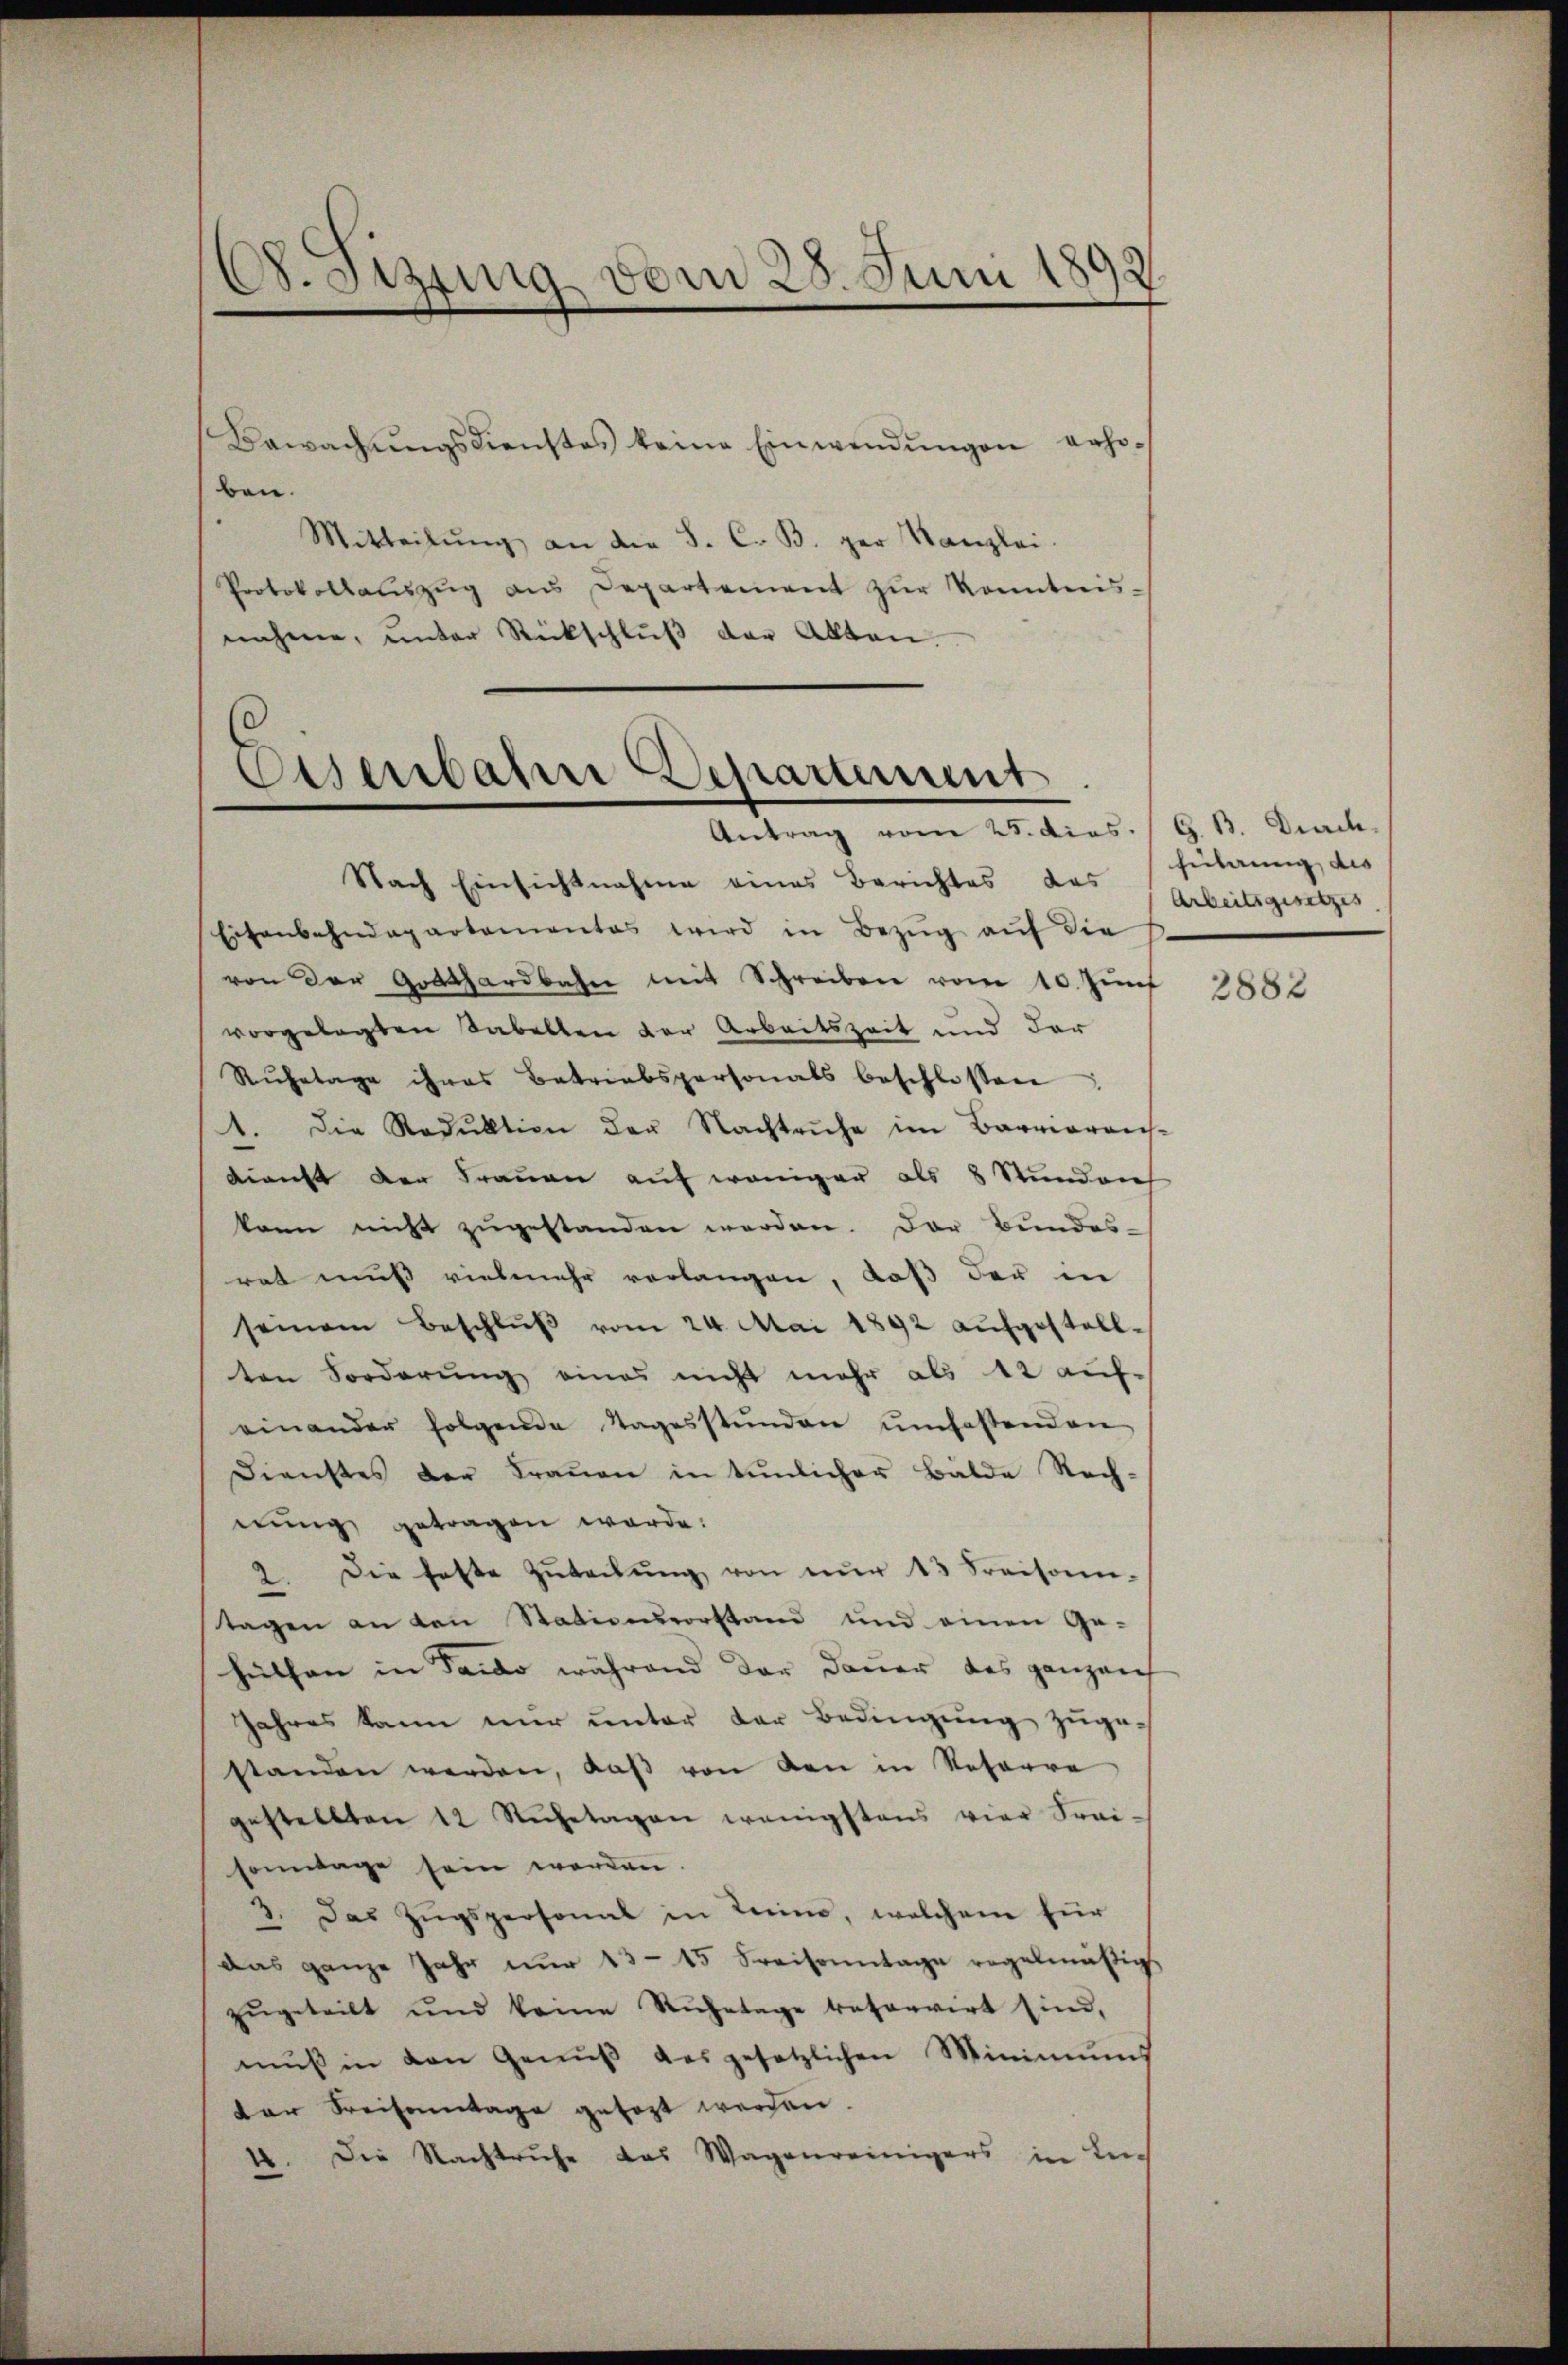
C. Siztung vom 28. Juni 1892.

Bewachŭngsdienstes keine Einwendŭngen erho-
ben.
Mitteilŭng an die S. C. B. ger Kanzlei-
Protokollaŭszŭg ans Departement zŭr konntnis-
nahme, unter Rückschlŭβ der Alten.

Eisenbahre Departement

Nach Einsichtnahme eines Berichtes das
Eisenbahndepartementes wird in Bezŭg aŭf die
von der Gotthardbahn mit Schreiben vom 10. Zunf
vorgelegten Sabellen der Arbeitszeit und der
Rŭhetage ihres Betriebspersonals beschlossen
1. Die Reduktion der Nachtruhe im Barverans-
dienst der Frauen auf weniger als 8 Stunden
kann nicht zugestanden werden. Der Bundes-
rat muß vielmehr verlangen, daß der in
seinem Beschlŭβ vom 24. Mai 1892 aŭfgestellten Forderung eines nicht mehr als 12 auf-
einander folgende Tagesstŭnden umfassenden
Dienstes der Trauen in tünlicher Balde Rech-
nung getragen werde.
2. Die feste Zŭtachŭng von nŭr 13 Kreisam-
tagen an den Stationsvorstand und einen Ge-
hethan in Sardo während der Dauer das ganzen
Jahres kann nur unter der Bedingung zuge-
standen werden, daβ von den in Referre
gestellten 12 Rŭhetagen wenigstens vier Frei-
sonntage sein werden.
3. Das Zŭgspersonal in Tein, welchem für
das ganze Jahr nur 13–15 Sraisonntage regelmäßigs
zŭgeteilt und keine Ruhetage reservirt sind,
mŭβ in den Genŭβ des gesetzlichen Minimums
der Kreisantage gesagt werden.
1. Die Nachtruhe das Wagenreinigers in Le-

G. B. Died.
heilung des
Arbeitsgesetzes

2882